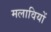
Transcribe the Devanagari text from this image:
मलावियों